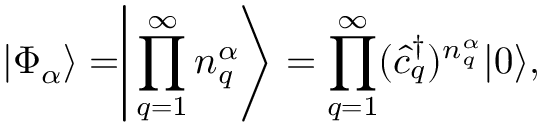
\ensuremath { \vert { \Phi } _ { \alpha } \rangle } = \Biggr \vert \prod _ { q = 1 } ^ { \infty } { n } _ { q } ^ { \alpha } \Biggr \rangle = \prod _ { q = 1 } ^ { \infty } ( { \hat { c } ^ { \dagger } } _ { q } ) ^ { { n } _ { q } ^ { \alpha } } \ensuremath { \vert 0 \rangle } ,